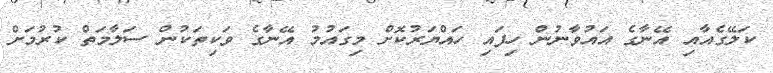
ކަލޭގެއާއި އޭނާގެ އައުވާނުން ހިފައި ހައްޔަރުކޮށް މިގައުމު އޭނާގެ ވަކިތަކުން ސަލާމަތް ކުރުމަށް